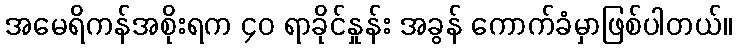
အမေရိကန်အစိုးရက ၄၀ ရာခိုင်နှုန်း အခွန် ကောက်ခံမှာဖြစ်ပါတယ်။